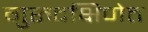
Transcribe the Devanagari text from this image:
गुरुदक्षिणेत